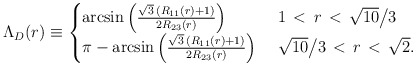
\begin{align*}\Lambda_D(r)\equiv\begin{cases} \arcsin\Big(\frac{\sqrt{3}\, (R_{11}(r)+1)}{2 R_{23}(r)}\Big)\ &1\,<\,r\,<\,\sqrt{10}\big/3\\ \pi - \arcsin\Big(\frac{\sqrt{3}\, (R_{11}(r)+1)}{2 R_{23}(r)}\Big)\ &\sqrt{10}\big/3\,<\,r\,<\,\sqrt{2}.\\\end{cases}\end{align*}